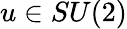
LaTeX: u\in SU(2)